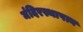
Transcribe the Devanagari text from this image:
मंदिरस्थापत्य